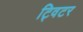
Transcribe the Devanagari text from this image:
ट्विटर